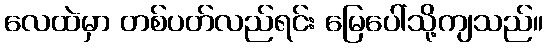
လေထဲမှာ တစ်ပတ်လည်ရင်း မြေပေါ်သို့ကျသည်။